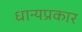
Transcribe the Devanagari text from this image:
धान्यप्रकार